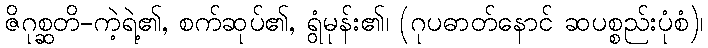
ဇိဂုစ္ဆတိ-ကဲ့ရဲ့၏, စက်ဆုပ်၏, ရွံမုန်း၏၊ (ဂုပဓာတ်နောင် ဆပစ္စည်းပုံစံ)၊